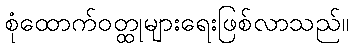
စုံထောက်ဝတ္ထုများရေးဖြစ်လာသည်။